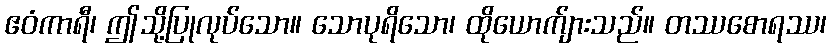
ဧဝံကာရီ၊ ဤသို့ပြုလုပ်သော။ သောပုရိသော၊ ထိုယောက်ျားသည်။ တဿစောရဿ၊